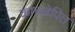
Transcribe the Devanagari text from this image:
काच्लेपित